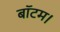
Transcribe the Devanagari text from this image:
बॉटम।